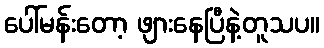
ပေါ်မန်းတော့ ဖျားနေပြီနဲ့တူသပ။